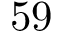
5 9